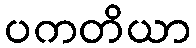
ပကတိယာ